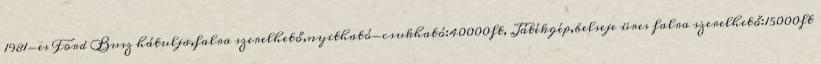
1981-es Ford Busz hátulja,falra szerelhető,nyitható-csukható:40000ft, Játékgép,belseje üres falra szerelhető:15000ft